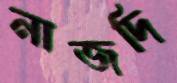
নাজদি